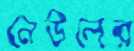
নেউলের